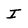
Character: I